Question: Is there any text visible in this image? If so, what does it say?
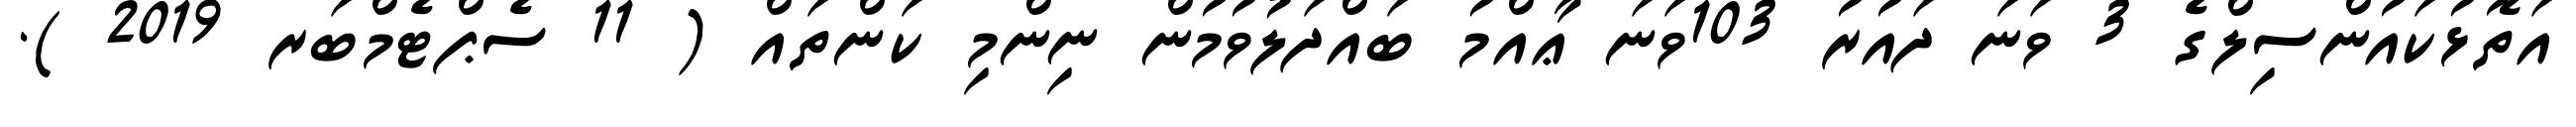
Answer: އަތޮޅުކައުންސިލްގެ 3 ވަނަ ދައުރު 103ވަނަ ޢާއްމު ބައްދަލުވުމުން ނިންމި ކަންތައް ( 11 ސެޕްޓެމްބަރ 2019 ).